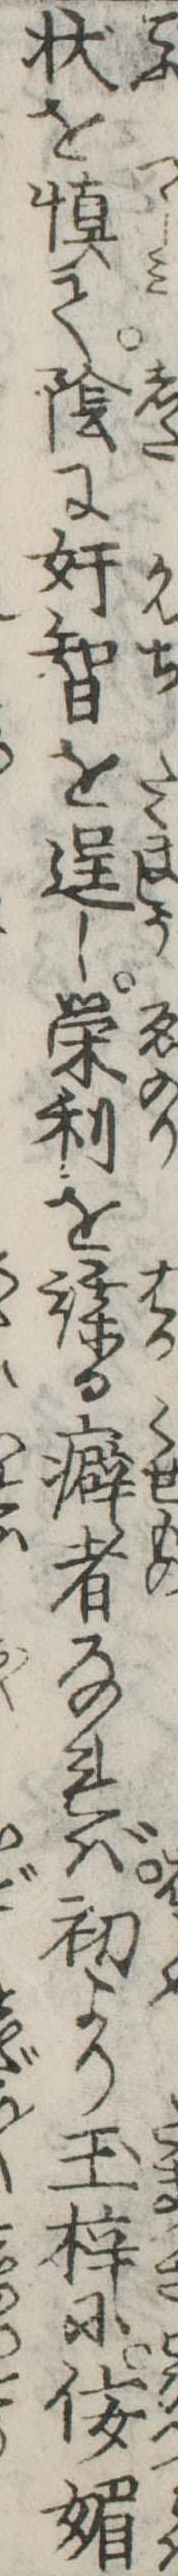
状を慎て陰に奸智を逞し栄利を謀る癖者なれば初より玉梓に佞媚